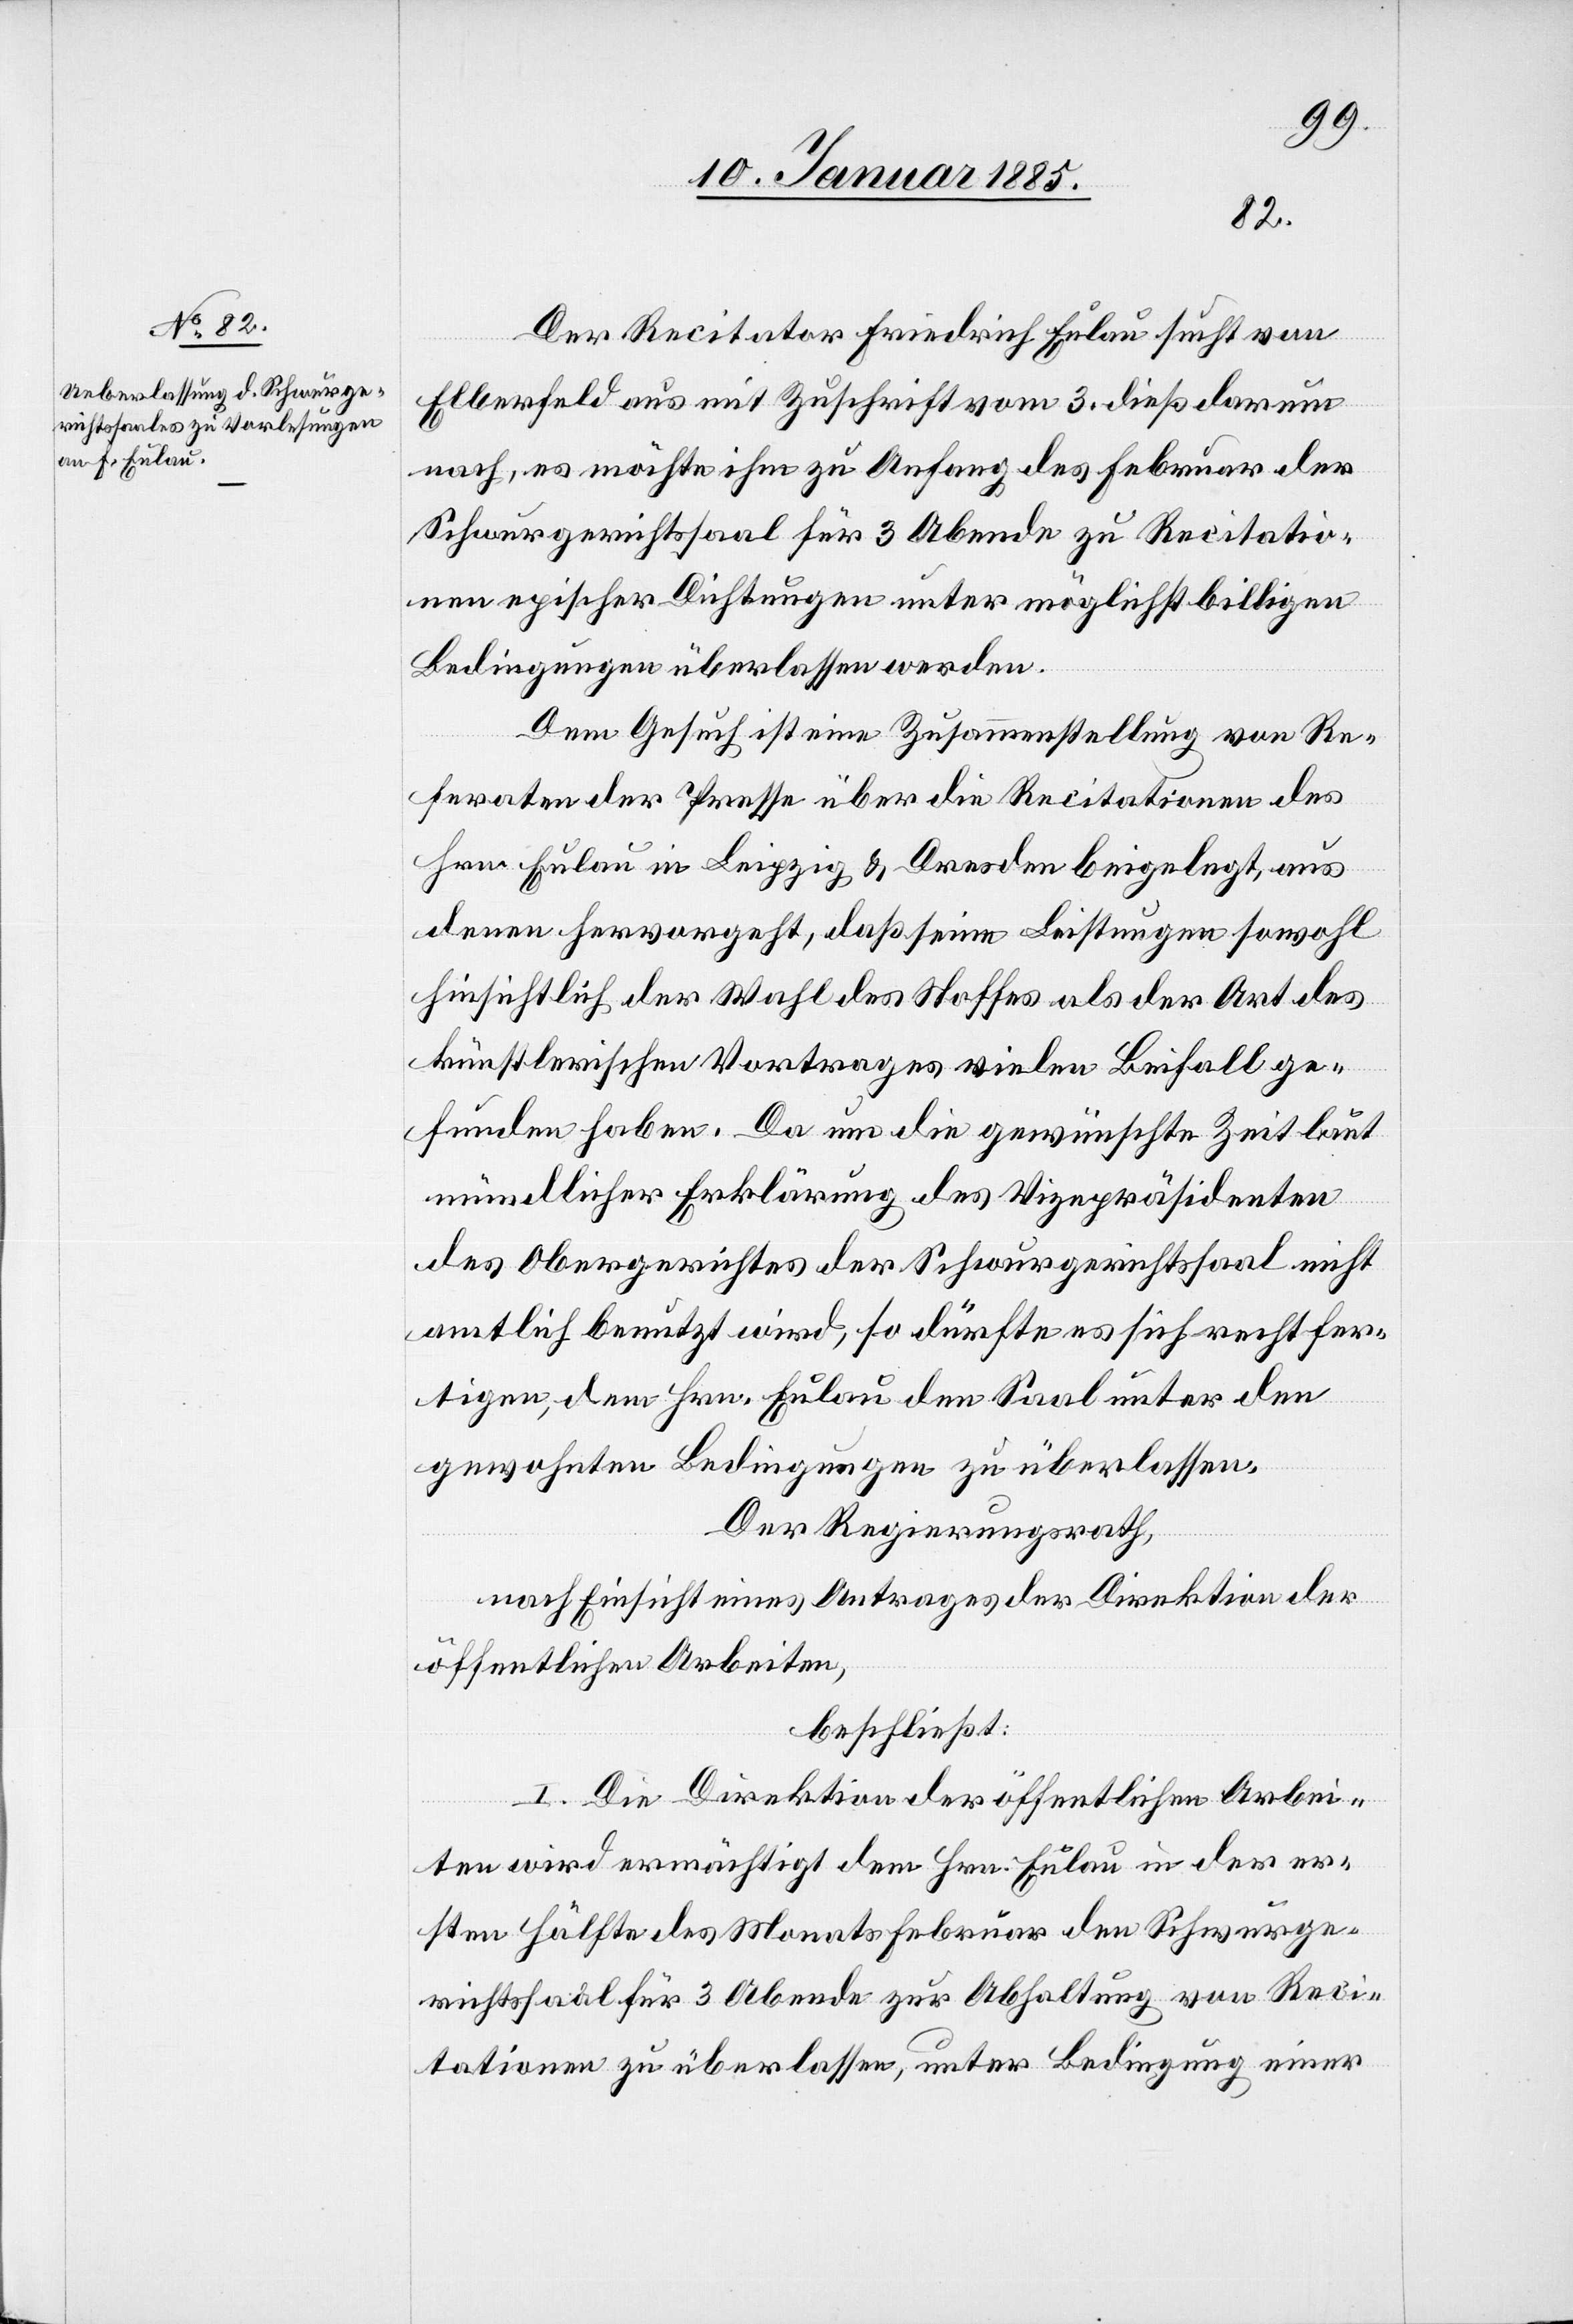
Der Recitator Friedrich Eulau sucht von
Elberfeld aus mit Zuschrift vom 3. dieß darum
nach, es möchte ihm zu Anfang des Februar der
Schwurgerichtssaal für 3 Abende zu Recitatio¬
nen epischer Dichtungen unter möglichst billigen
Bedingungen überlassen werden.
Dem Gesuch ist eine Zusammenstellung von Re¬
feraten der Presse über die Recitationen des
Hrn. Eulau in Leipzig & Dresden beigelegt, aus
denen hervorgeht, daß seine Leistungen sowohl
hinsichtlich der Wahl des Stoffes als der Art des
künstlerischen Vortrages vielen Beifall ge¬
funden haben. Da nun die gewünschte Zeit laut
mündlicher Erklärung des Vizepräsidenten
des Obergerichtes der Schwurgerichtssaal nicht
amtlich genutzt wird, so dürfte es sich rechtfer¬
tigen, dem Hrn. Eulau den Saal unter den
gewohnten Bedingungen zu überlassen.
Der Regierungsrath,
nach Einsicht eines Antrages der Direktion der
öffentlichen Arbeiten,
beschließt:
I. Die Direktion der öffentlichen Arbei¬
ten wird ermächtigt dem Hrn. Eulau in der er¬
sten Hälfte des Monats Februar den Schwurge¬
richtsaal für 3 Abende zur Abhaltung von Reci¬
tationen zu überlassen, unter Bedingung einer